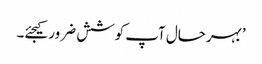
’بہرحال آپ کوشش ضرور کیجئے۔